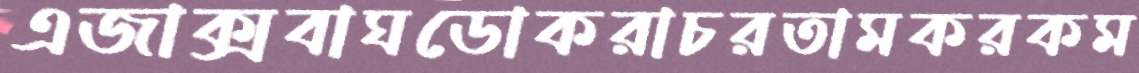
এজাক্সবাঘডোকরাচরতামকরকম